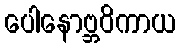
ပေါနောဗ္ဘဝိကာယ